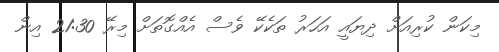
މިކަން ކުރިއަށް ދިޔައީ އަހަރު ތަކެކޭ ވެސް އެއްގޮތަށް މިރޭ 21:30 އިން